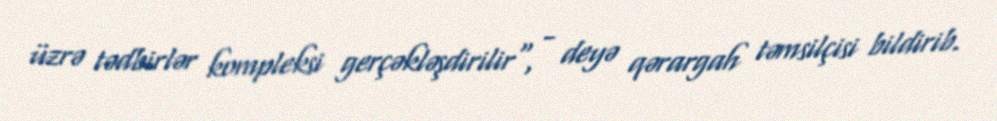
üzrə tədbirlər kompleksi gerçəkləşdirilir", - deyə qərargah təmsilçisi bildirib.